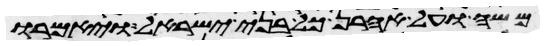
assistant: משה ועל אהרן כל בני ישראל ויאמרו